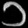
Digit: ၁